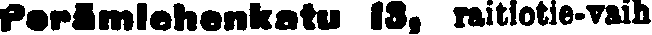
Perämiehenkatu 13, raitiotie-vaih